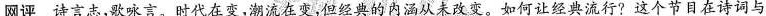
网评 诗言志，歌咏言。时代在变，潮流在变，但经典的内涵从未改变。如何让经典流行? 这个节目在诗词与